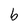
Character: b